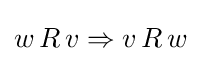
w\,R\,v\Rightarrow v\,R\,w